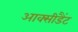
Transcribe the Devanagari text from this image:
आक्सीडैंट